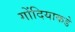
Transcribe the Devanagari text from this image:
गोंदियाकडे